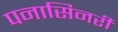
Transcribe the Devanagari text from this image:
पनासिनरी